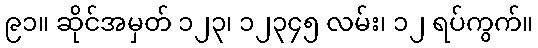
၉၁။ ဆိုင်အမှတ် ၁၂၃၊ ၁၂၃၄၅ လမ်း၊ ၁၂ ရပ်ကွက်။